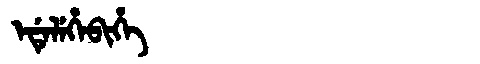
Manchu: ᡝᡩᡝᠯᡝᡥᡝᠪᡳᡥᡝ
Romanization: EDELEHEBIHE